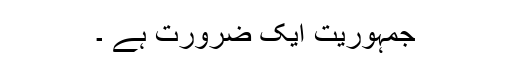
جمہوریت ایک ضرورت ہے ۔